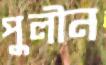
পুলীন